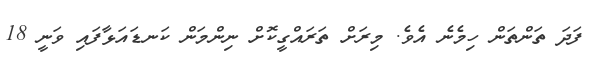
ފަދަ ތަންތަން ހިމެނެ އެވެ. މިރަށް ތަރައްގީކޮށް ނިންމަން ކަނޑައަޅާފައި ވަނީ 18